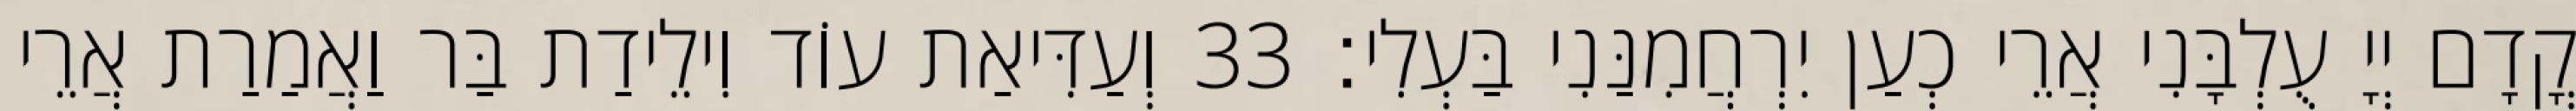
קֳדָם יְיָ עֻלְבָּנִי אֲרֵי כְעַן יִרְחֲמִנַּנִי בַּעְלִי׃ 33 וְעַדִּיאַת עוֹד וִילֵידַת בַּר וַאֲמַרַת אֲרֵי